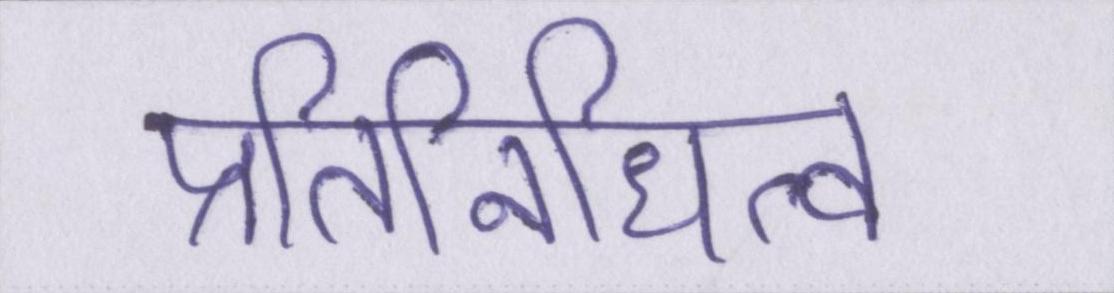
प्रतिनिधित्व